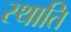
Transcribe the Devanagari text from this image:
स्थाति